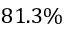
8 1 . 3 \%